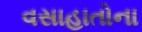
વસાહાતોના